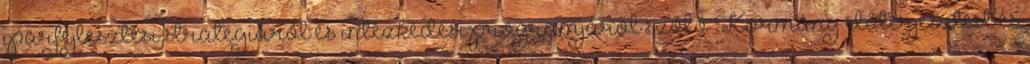
iparfejlesztési stratégiáról és intézkedési programjáról szóló Kormány előterjesztést és